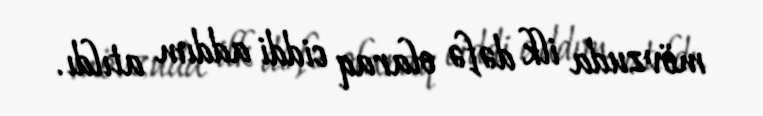
mövzuda ilk dəfə olaraq ciddi addım atıldı.